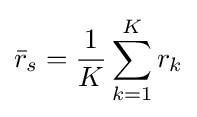
{\bar {r}}_{s}={\frac {1}{K}}\sum \limits _{k=1}^{K}r_{k}